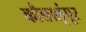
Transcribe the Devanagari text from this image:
कौलालूंपूर